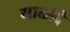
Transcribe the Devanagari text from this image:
माळोदे